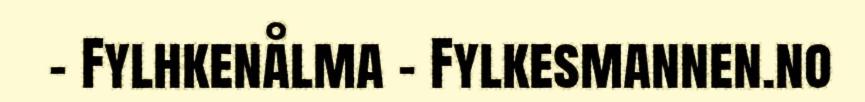
- Fylhkenålma - Fylkesmannen.no